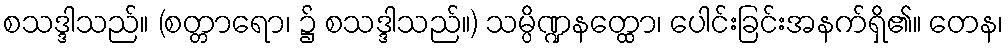
စသဒ္ဒါသည်။ (စတ္တာရော၊ ၌ စသဒ္ဒါသည်။) သမ္ပိဏ္ဍနတ္ထော၊ ပေါင်းခြင်းအနက်ရှိ၏။ တေန၊